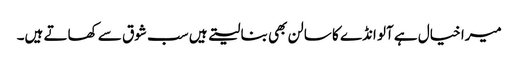
میرا خیال ہے آلو انڈے کا سالن بھی بنا لیتے ہیں سب شوق سے کھاتے ہیں۔